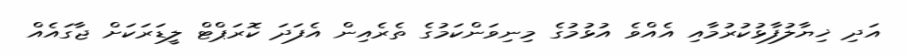
އަދި ޚިޔާލުފާޅުކުރުމާއި އެއްވެ އުޅުމުގެ މިނިވަންކަމުގެ ތެރެއިން އެފަދަ ކޮރަޕްޓް ލީޑަރަކަށް ޖާގައެއް